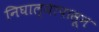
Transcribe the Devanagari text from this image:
निघाल्यापासून